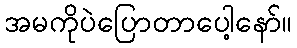
အမကိုပဲပြောတာပေါ့နော်။